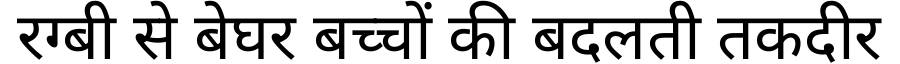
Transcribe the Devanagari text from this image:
रग्बी से बेघर बच्चों की बदलती तकदीर